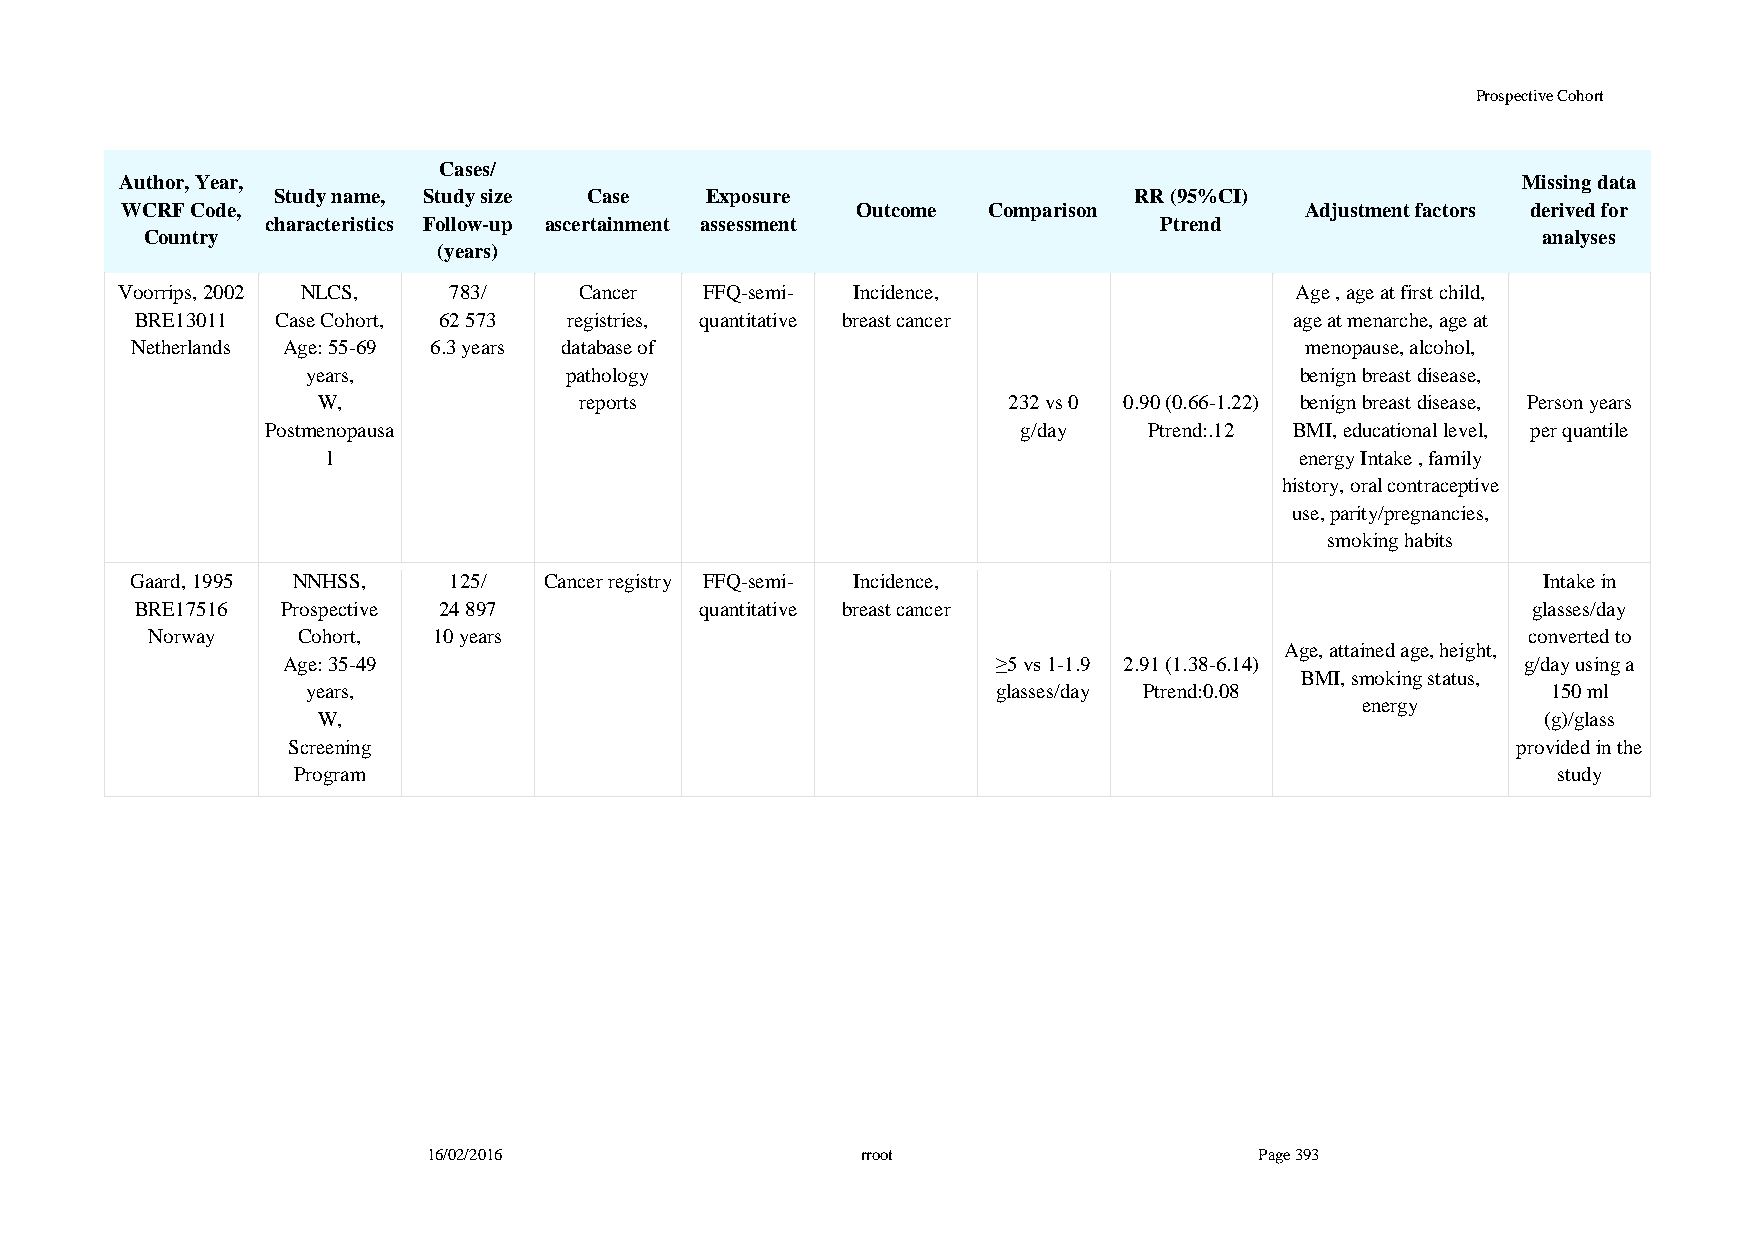
Prospective Cohort
 Cases/
 Author, Year,                                                                                Missing data
 Study name, Study size Case  Exposure                    RR (95%CI)
 WCRF Code,                                       Outcome Comparison           Adjustment factors derived for
 characteristics Follow-up ascertainment assessment         Ptrend
 Country                                                                                     analyses
 (years)
 Voorrips, 2002 NLCS,  783/    Cancer   FFQ-semi- Incidence,                   Age , age at first child,
 BRE13011 Case Cohort, 62 573 registries, quantitative breast cancer          age at menarche, age at
 Netherlands Age: 55-69 6.3 years database of                                 menopause, alcohol,
 years,           pathology                                        benign breast disease,
 W,               reports                      232 vs 0 0.90 (0.66-1.22) benign breast disease, Person years
 Postmenopausa                                     g/day   Ptrend:.12 BMI, educational level, per quantile
 l                                                               energy Intake , family
 history, oral contraceptive
 use, parity/pregnancies,
 smoking habits
 Gaard, 1995 NNHSS,   125/  Cancer registry FFQ-semi- Incidence,                              Intake in
 BRE17516  Prospective 24 897         quantitative breast cancer                             glasses/day
 Norway    Cohort,  10 years                                                                converted to
 Age, attained age, height,
 Age: 35-49                                     ≥5 vs 1-1.9 2.91 (1.38-6.14)       g/day using a
 BMI, smoking status,
 years,                                        glasses/day Ptrend:0.08              150 ml
 energy
 W,                                                                               (g)/glass
 Screening                                                                        provided in the
 Program                                                                             study
 16/02/2016                   rroot                     Page 393